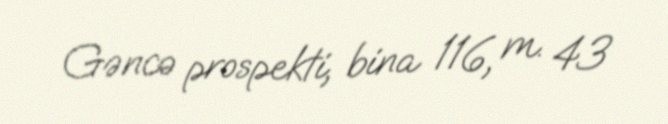
Gəncə prospekti, bina 116, m. 43